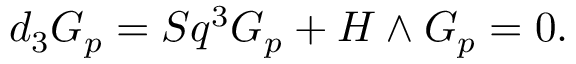
d _ { 3 } G _ { p } = S q ^ { 3 } G _ { p } + H \wedge G _ { p } = 0 .